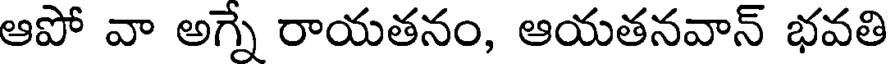
ఆపో వా అగ్నే రాయతనం, ఆయతనవాన్ భవతి